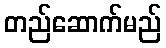
တည်ဆောက်မည်